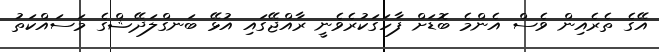
އޭގެ ތެރެއިން ވެސް އެންމެ ބޮޑަށް ފާހަގަކުރެވެނީ ރާއްޖޭގައި އުޅޭ ބަނގްލަދޭޝްގެ މަސައްކަތު